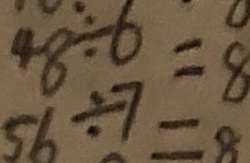
5 6 \div 7 = 8